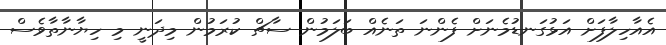
އެއާހިލާފަށް އަޅުގަނޑުމެނަށް ފެންނަ ތަނެއް ބަލަމުން ސާޗް ކުރަމުން މިދަނީ މި ހިޔާނާތާވެސް